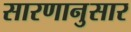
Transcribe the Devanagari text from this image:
सारणानुसार